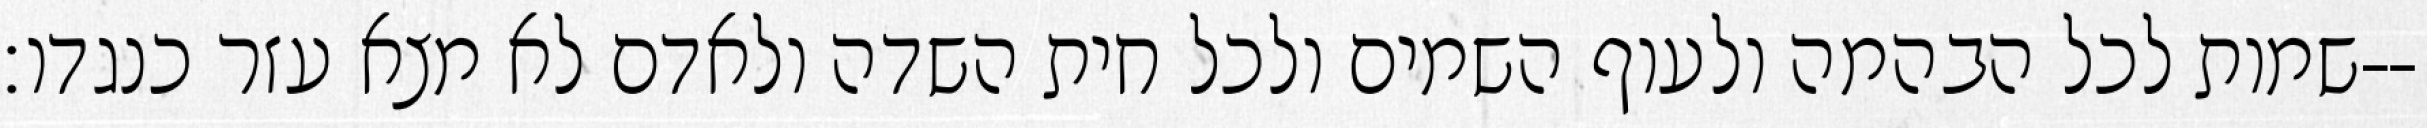
שמות לכל הבהמה ולעוף השמים ולכל חית השדה ולאדם לא מצא עזר כנגדו׃--